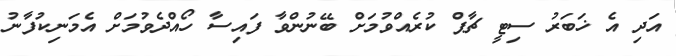
އަދި އެ ޚަބަރު ސިޓީ ޗާޕް ކުރެއްވުމަށް ބޭނުންވާ ފައިސާ ހޯއްދެވުމަށް އެމަނިކުފާނު